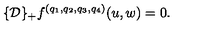
\{ { \cal D } \} _ { + } f ^ { ( q _ { 1 } , q _ { 2 } , q _ { 3 } , q _ { 4 } ) } ( u , w ) = 0 .